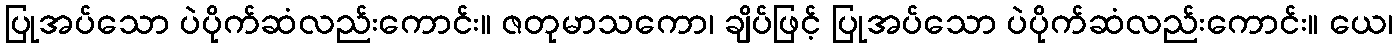
ပြုအပ်သော ပဲပိုက်ဆံလည်းကောင်း။ ဇတုမာသကော၊ ချိပ်ဖြင့် ပြုအပ်သော ပဲပိုက်ဆံလည်းကောင်း။ ယေ၊